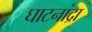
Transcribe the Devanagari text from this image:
घाटनांद्रा